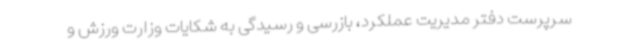
سرپرست دفتر مدیریت عملکرد، بازرسی و رسیدگی به شکایات وزارت ورزش و